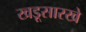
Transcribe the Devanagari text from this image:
खडूसारखे